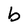
Character: b